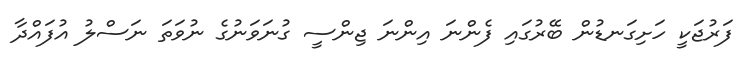
ފަރުޖަކީ ހަށިގަނޑުން ބޭރުގައި ފެންނަ އިންނަ ޖިންސީ ގުނަވަނުގެ ނުވަތަ ނަސްލު އުފައްދާ